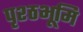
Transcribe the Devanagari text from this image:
पृश्ठभूमि